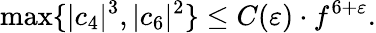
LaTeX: \operatorname*{max}\{ \vert c_{4}\vert^{3},\vert c_{6}\vert^{2}\} \leq C(\varepsilon)\cdot f^{6+\varepsilon}.